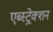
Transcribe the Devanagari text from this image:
एब्स्ट्रेक्शन